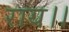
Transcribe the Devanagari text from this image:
राय।।